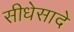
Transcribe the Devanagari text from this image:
सीधेसादे